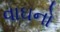
વાઘનો